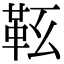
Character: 䩘